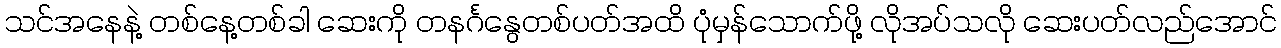
သင်အနေနဲ့ တစ်နေ့တစ်ခါ ဆေးကို တနင်္ဂနွေတစ်ပတ်အထိ ပုံမှန်သောက်ဖို့ လိုအပ်သလို ဆေးပတ်လည်အောင်